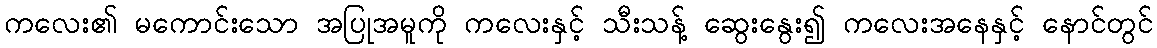
ကလေး၏ မကောင်းသော အပြုအမူကို ကလေးနှင့် သီးသန့် ဆွေးနွေး၍ ကလေးအနေနှင့် နောင်တွင်